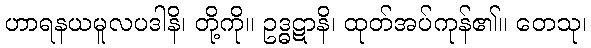
ဟာရနယမူလပဒါနိ၊ တို့ကို။ ဥဒ္ဓဋာနိ၊ ထုတ်အပ်ကုန်၏။ တေသု၊